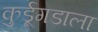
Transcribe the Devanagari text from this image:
कुर्डूगडाला